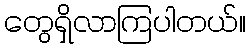
တွေရှိလာကြပါတယ်။